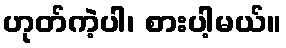
ဟုတ်ကဲ့ပါ၊ စားပါ့မယ်။